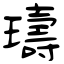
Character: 璹